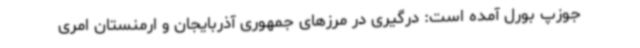
جوزپ بورل آمده است: درگیری در مرزهای جمهوری آذربایجان و ارمنستان امری